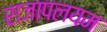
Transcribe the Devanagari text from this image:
राजापलयम